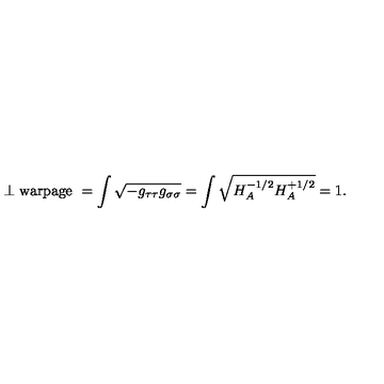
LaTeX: \perp \mathrm { w a r p a g e \ } = \int \sqrt { - g _ { \tau \tau } g _ { \sigma \sigma } } = \int \sqrt { H _ { A } ^ { - 1 / 2 } H _ { A } ^ { + 1 / 2 } } = 1 .